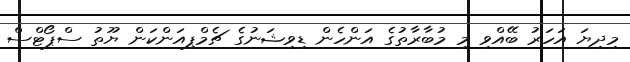
މިދިޔަ އަހަރު ބޭއްވި މި މުބާރާތުގެ އަންހެން ޑިވިޝަނުގެ ޗެމްޕިއަންކަން ޔޫތު ސްޕޯޓްސް